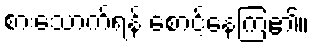
စားသောက်ရန် စောင့်နေကြ၏။